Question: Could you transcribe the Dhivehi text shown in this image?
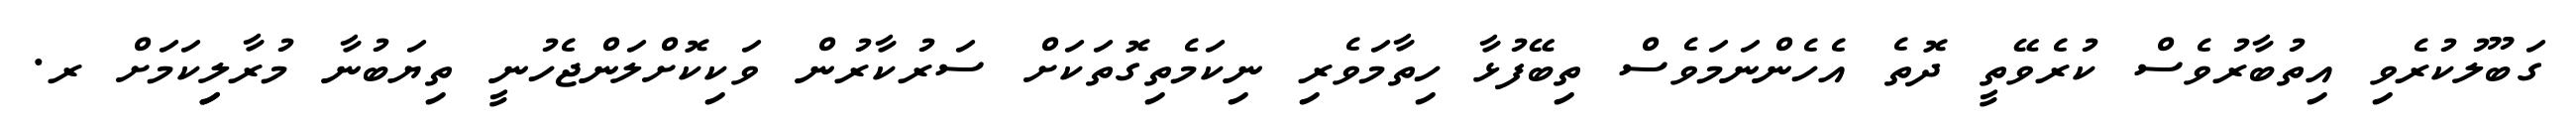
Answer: ގަބޫލުކުރެވި އިތުބާރުވެސް ކުރެވޭތީ ދޮތެ އެހެންނަމަވެސް ތިބޭފުޅާ ހިތާމަވެރި ނިކަމެތިގޮތަކަށް ސަރުކާރުން ވަކިކޮށްލަންޖެހުނީ ތިޔަބުނާ މުރާލިިކަމަށް ރ.